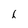
Character: h